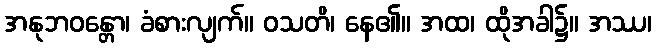
အနုဘဝန္တော၊ ခံစားလျက်။ ဝသတိ၊ နေ၏။ အထ၊ ထိုအခါ၌။ အဿ၊